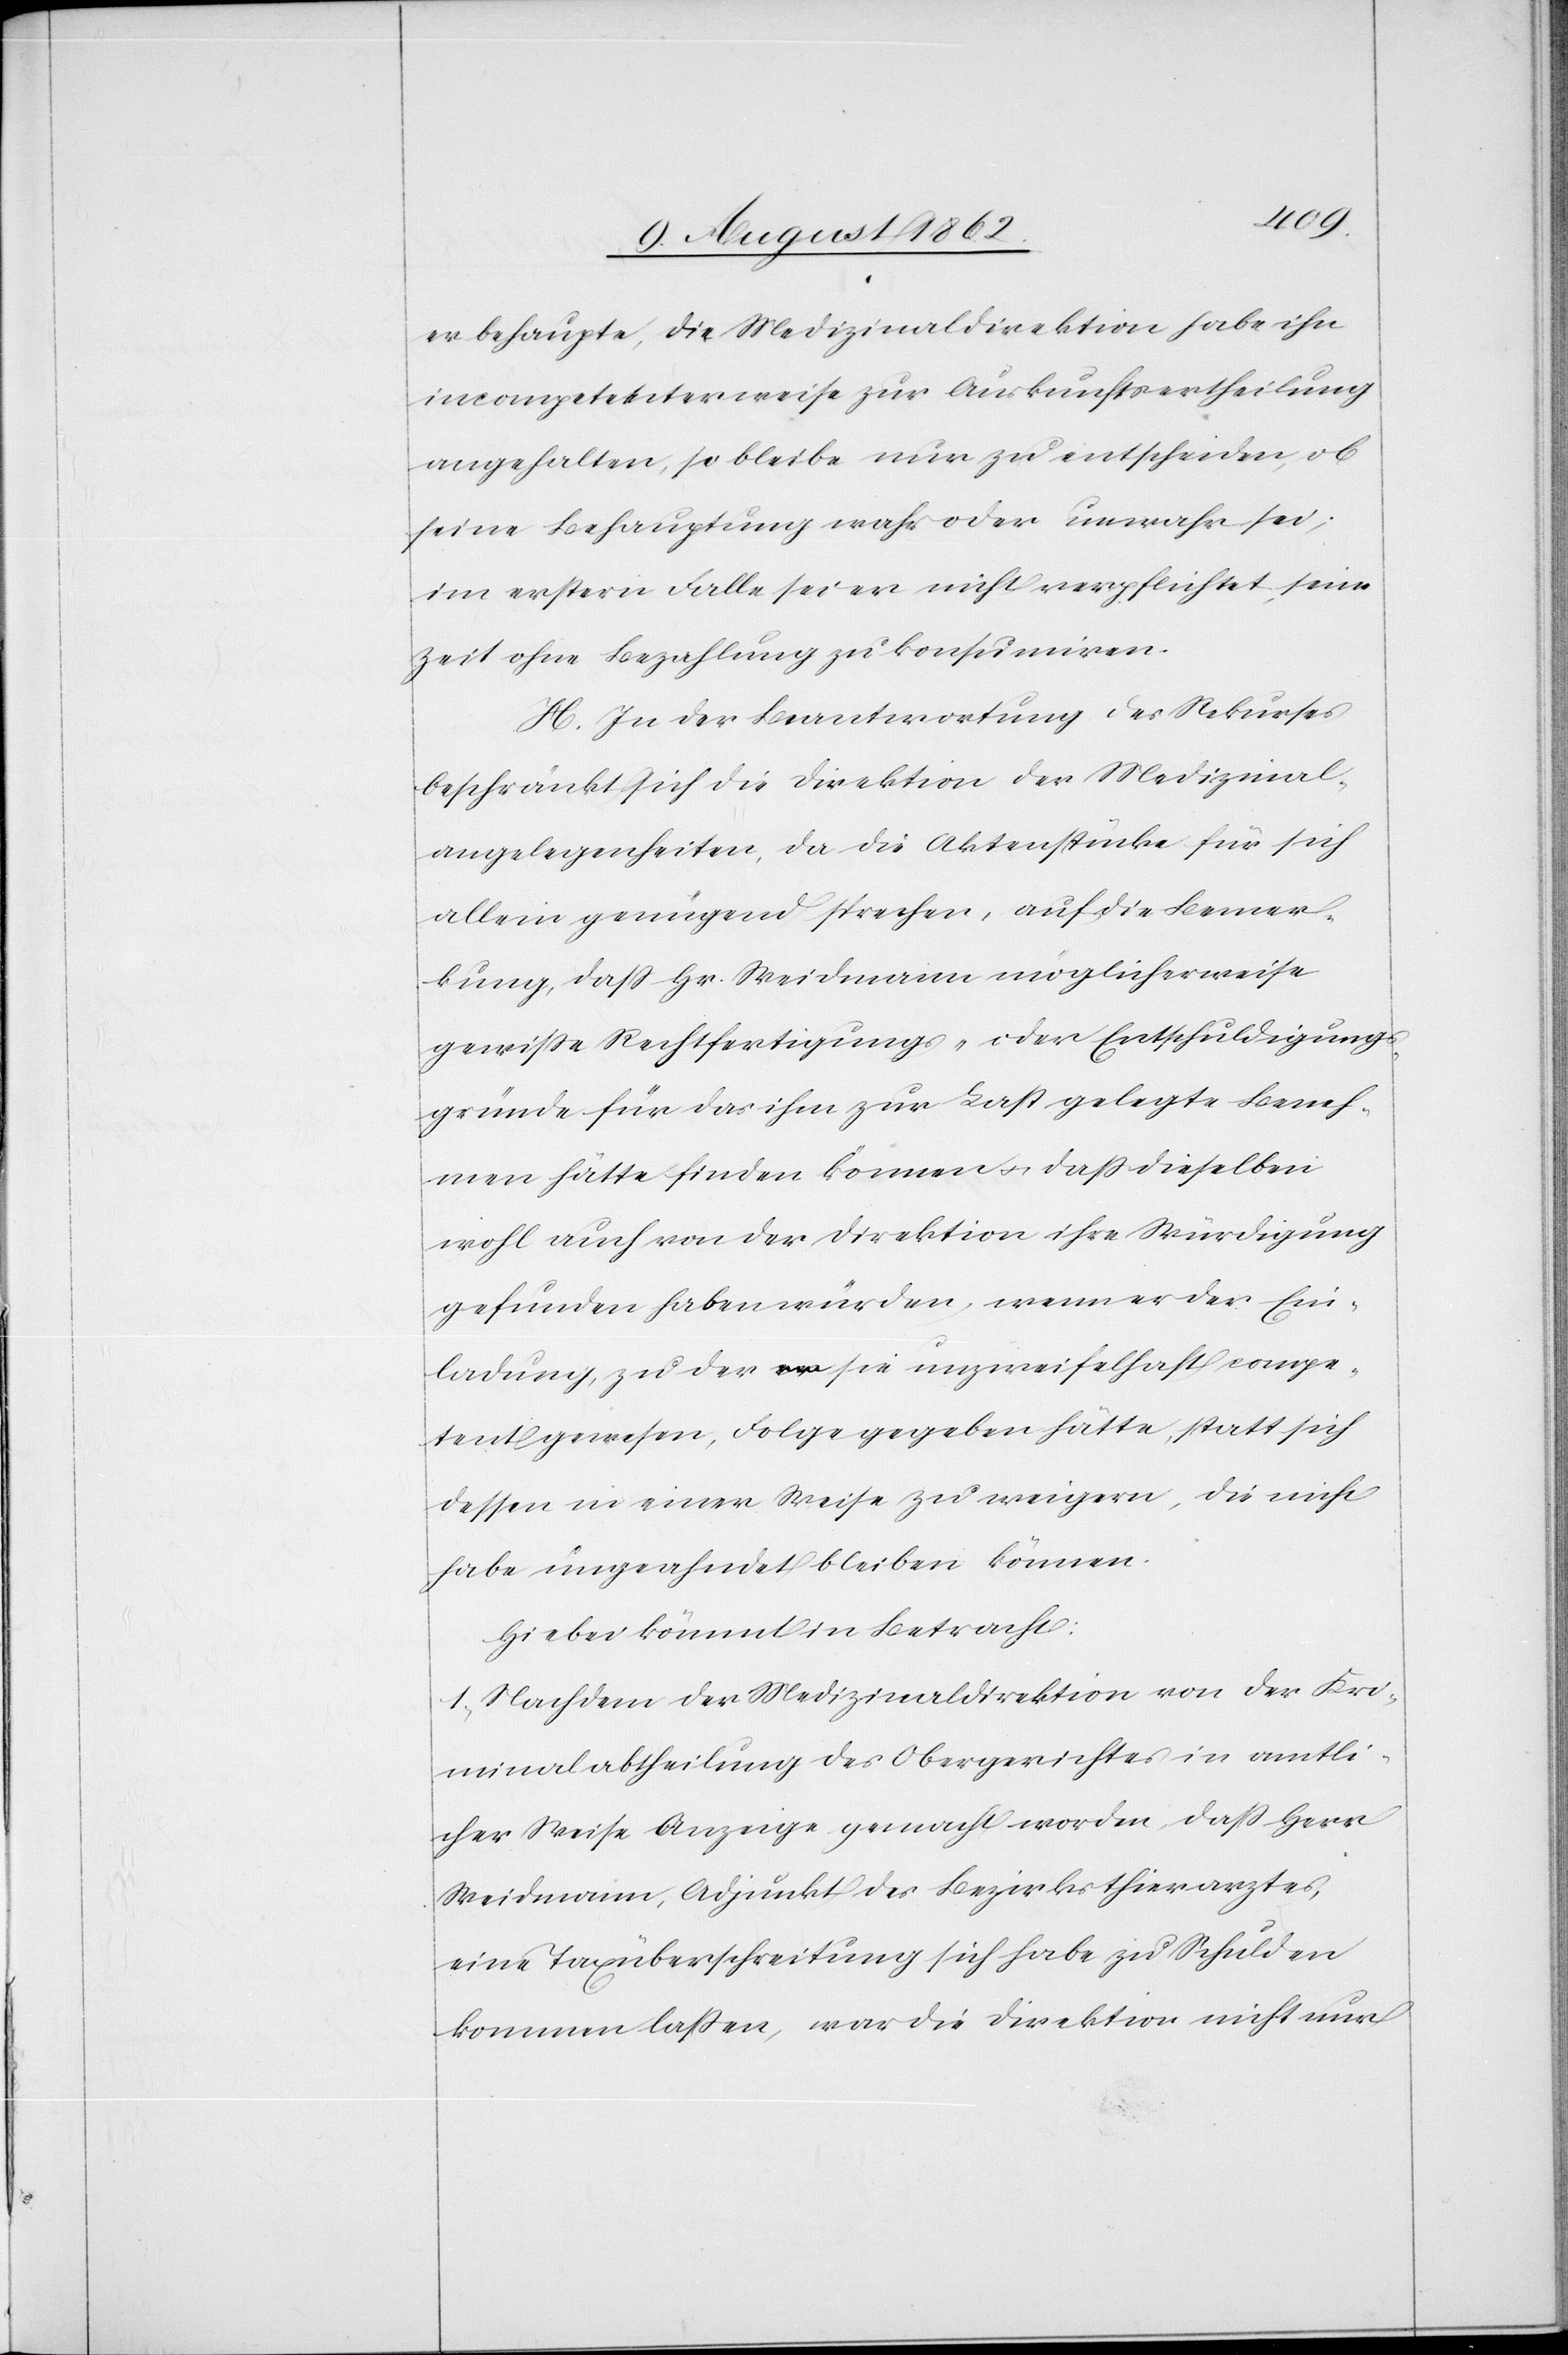
er behaupte, die Medizinaldirektion habe ihn
incompetenterweise zur Auskunftsertheilung
angehalten, so bleibe nur zu entscheiden, ob
seine Behauptung wahr oder unwahr sei,
im erstern Falle sei er nicht verpflichtet, seine
Zeit ohne Bezahlung zu konsumiren.
H. In der Beantwortung des Rekurses
beschränkt sich die Direktion der Medizinal¬
angelegenheiten, da die Aktenstücke für sich
allein genügend sprechen, auf die Bemer¬
kung, daß Hr. Weidmann möglicherweise
gewiße Rechtfertigungs- oder Entschuldigungs¬
gründe für das ihm zur Last gelegte Beneh¬
men hätte finden können u. daß dieselben
wohl auch von der Direktion ihre Würdigung
gefunden haben würden, wenn er der Ein¬
ladung, zu der sie unzweifelhaft compe¬
tent gewesen, Folge gegeben hätte, statt sich
dessen in einer Weise zu weigern, die nicht
habe ungeahndet bleiben können.
Hiebei kommt in Betracht:
1. Nachdem der Medizinaldirektion von der Kri¬
minalabtheilung des Obergerichtes in amtli¬
cher Weise Anzeige gemacht worden, daß Herr
Weidmann, Adjunkt des Bezirksthierarztes,
eine Taxüberschreitung sich habe zu Schulden
kommen lassen, war die Direktion nicht nur